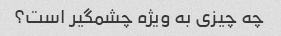
چه چیزی به ویژه چشمگیر است؟